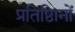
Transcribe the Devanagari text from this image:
प्रतिष्ठिानों